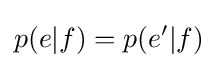
p(e|f)=p(e'|f)